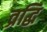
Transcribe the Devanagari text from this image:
व्रद्धि